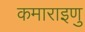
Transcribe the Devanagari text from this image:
कमाराइणु